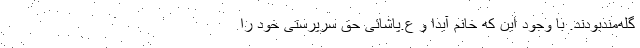
گله‌مندبودند. با وجود این که خانم آیدا و ع.پاشائی حق سرپرستی خود را